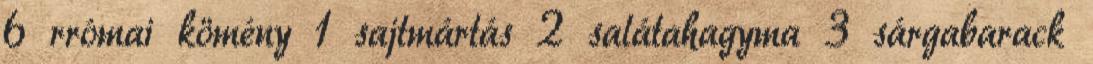
6 rrómai kömény 1 sajtmártás 2 salátahagyma 3 sárgabarack